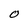
Character: 0